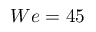
W e = 4 5